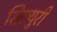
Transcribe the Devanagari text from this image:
सिल्युरी